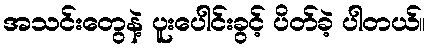
အသင်းတွေနဲ့ ပူးပေါင်းခွင့် ပိတ်ခဲ့ ပါတယ်။